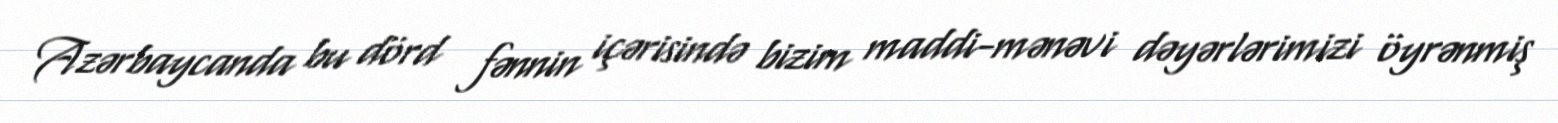
Azərbaycanda bu dörd fənnin içərisində bizim maddi-mənəvi dəyərlərimizi öyrənmiş